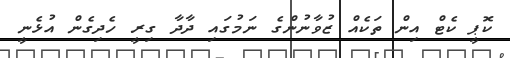
ކޮޕީ ކެޓް އިން ތަކެއްް ޒުވާނުންގެ ނަމުގައި ދާދާ ގިރީ ހެދިގެން އުޅެނީ